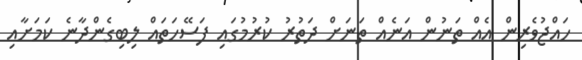
ހައްޖުވެރިން އެއް ތަނުން އަނެއް ތަނަށް ދަތުރު ކުރުމުގައި ފަސޭހަތައް ލިބިގެންދާނެ ކަމަށާއި